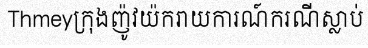
Thmeyក្រុងញ៉ូវយ៉ករាយការណ៍ករណីស្លាប់